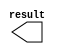
module com_cm_10000 (
	result);

	output	[17:0]  result;

endmodule